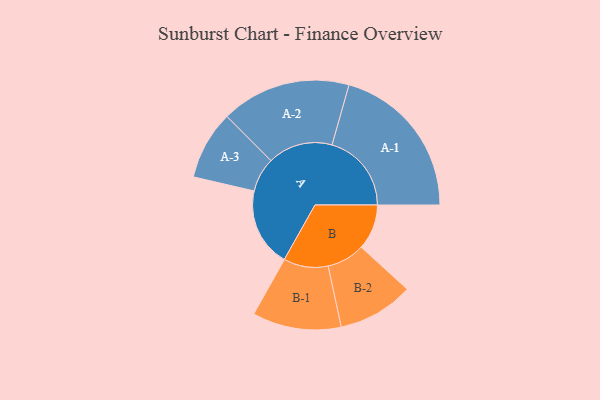
{"axis": {"x": "Segment", "y": "Value"}, "legend": ["", "A", "B"], "data": [{"x": "A", "y": 266, "type": ""}, {"x": "B", "y": 153, "type": ""}, {"x": "A-1", "y": 268, "type": "A"}, {"x": "A-2", "y": 219, "type": "A"}, {"x": "A-3", "y": 116, "type": "A"}, {"x": "B-1", "y": 150, "type": "B"}, {"x": "B-2", "y": 128, "type": "B"}]}